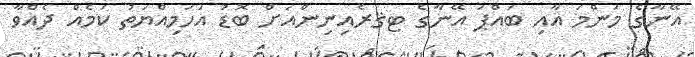
އޭނާގެ މަންމަ އާއި ބައްޕަ އޭނާގެ ޓޤރެއިނިންއަށް ބޮޑު އަހަމިއްޔަތު ކަމެއް ދެއްވާ